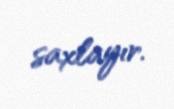
saxlayır.